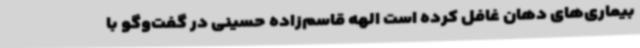
بیماری‌های دهان غافل کرده است الهه قاسم‌زاده حسینی در گفت‌وگو با